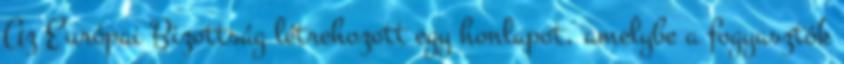
Az Európai Bizottság létrehozott egy honlapot, amelybe a fogyasztók